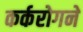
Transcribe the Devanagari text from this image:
कर्करोगने